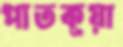
পাতকূয়া